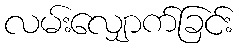
လမ်းလျှောက်ခြင်း